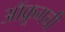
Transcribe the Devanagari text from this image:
ऑक्रूगची